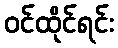
ဝင်ထိုင်ရင်း